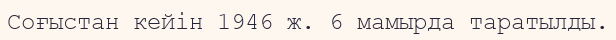
Соғыстан кейін 1946 ж. 6 мамырда таратылды.